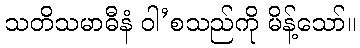
သတိသမာဓီနံ ဝါ’စသည်ကို မိန့်သော်။